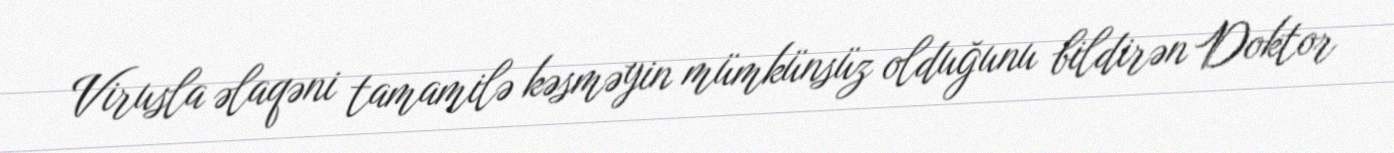
Virusla əlaqəni tamamilə kəsməyin mümkünsüz olduğunu bildirən Doktor